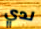
لدي